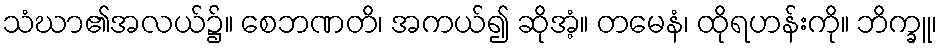
သံဃာ၏အလယ်၌။ စေဘဏတိ၊ အကယ်၍ ဆိုအံ့။ တမေနံ၊ ထိုရဟန်းကို။ ဘိက္ခူ၊